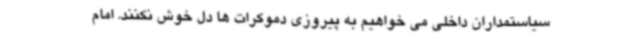
سیاستمداران داخلی می خواهیم به پیروزی دموکرات ها دل خوش نکنند. امام